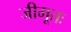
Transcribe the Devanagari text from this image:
जीमूतः